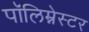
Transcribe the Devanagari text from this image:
पॉलिम्नेस्टर